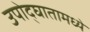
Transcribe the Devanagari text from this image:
उपोद्‌घातामध्ये